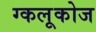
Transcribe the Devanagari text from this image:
ग्कलूकोज